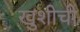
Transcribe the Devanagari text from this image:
खुशीची